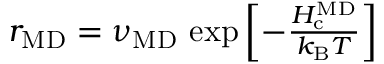
\begin{array} { r } { r _ { \mathrm { M D } } = \nu _ { \mathrm { M D } } \, \exp \left[ - \frac { H _ { \mathrm { c } } ^ { \mathrm { M D } } } { k _ { \mathrm { B } } T } \right] } \end{array}